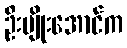
ဦးမျိုးအောင်က